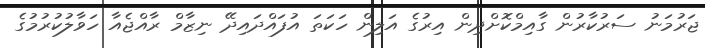
ޖަރުމަނު ސަރުކާރުން ގާއިމްކޮށްދިން އިރުގެ އަލިން ހަކަތަ އުފައްދައިދޭ ނިޒާމް ރާއްޖެއާ ހަވާލުކުރުމުގެ